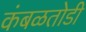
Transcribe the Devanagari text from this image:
कंबळतोडी